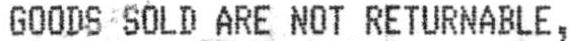
GOODS SOLD ARE NOT RETURNABLE,